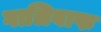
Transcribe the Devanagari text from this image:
गालिबाफ